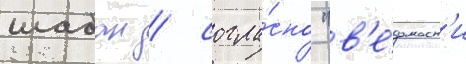
шабан / согла́сно "в'е́домост'и